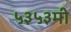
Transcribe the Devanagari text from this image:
५३५३मी